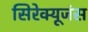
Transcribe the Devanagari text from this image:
सिरेक्यूजंस